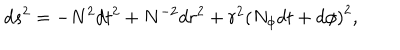
d s ^ { 2 } = - N ^ { 2 } d t ^ { 2 } + N ^ { - 2 } d r ^ { 2 } + r ^ { 2 } \left( N _ { \phi } d t + d \phi \right) ^ { 2 } ,